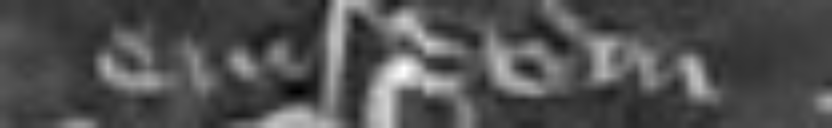
eiusdem